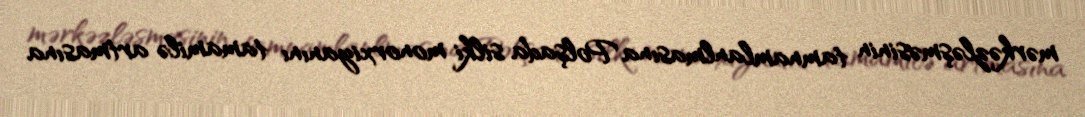
mərkəzləşməsinin tamnamlanlmasına Polşada silki monorxiyanını tamamilə artmasına